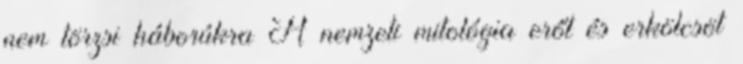
nem törzsi háborúkra A nemzeti mitológia erőt és erkölcsöt